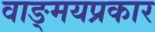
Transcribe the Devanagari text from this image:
वाङ्‌मयप्रकार